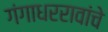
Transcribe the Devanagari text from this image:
गंगाधररावांचे